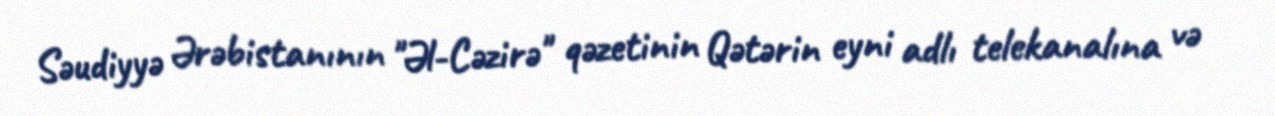
Səudiyyə Ərəbistanının "Əl-Cəzirə" qəzetinin Qətərin eyni adlı telekanalına və